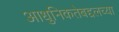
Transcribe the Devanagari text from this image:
आधुनिकतेबद्दलच्या